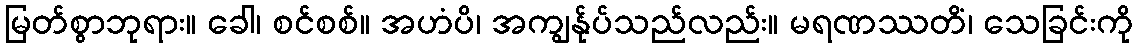
မြတ်စွာဘုရား။ ခေါ၊ စင်စစ်။ အဟံပိ၊ အကျွန်ုပ်သည်လည်း။ မရဏဿတိံ၊ သေခြင်းကို